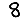
Digit: 8